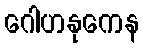
ဂေါဟနုကေန